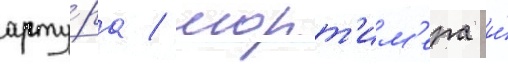
арту́ра / морт'им'ера и́